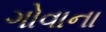
ગોવાના